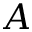
\boldsymbol { A }